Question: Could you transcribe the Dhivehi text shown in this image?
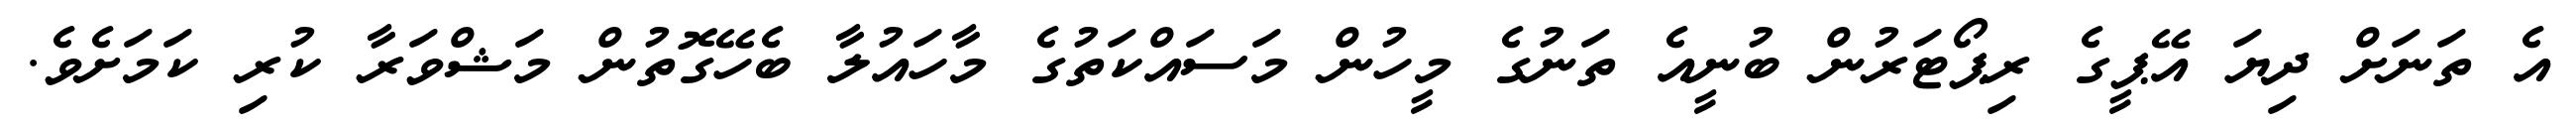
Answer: އެ ތަނަށް ދިޔަ އޭޕީގެ ރިޕޯޓަރުން ބުނީއެ ތަނުގެ މީހުން މަސައްކަތުގެ މާހައުލާ ބެހޭގޮތުން މަޝްވަރާ ކުރި ކަމަށެވެ.